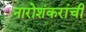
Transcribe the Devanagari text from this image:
नारोशंकरांची